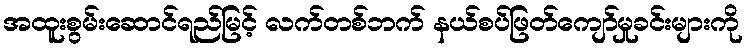
အထူးစွမ်းဆောင်ရည်မြင့် လက်တစ်ဘက် နယ်စပ်ဖြတ်ကျော်မှုခင်းများကို